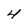
Character: 4